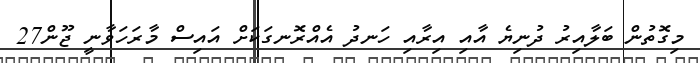
މިގޮތުން ބަލާއިރު ދުނިޔެ އާއި އިރާއި ހަނދު އެއްރޮނގަކަށް އައިސް މާރަހަވާނީ ޖޫން27